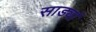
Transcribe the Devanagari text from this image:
साड्यां